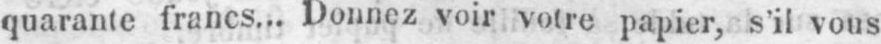
quarante francs... Donnez voir voire papier, s’il vous